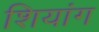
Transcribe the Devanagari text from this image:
शियांग